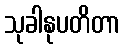
သုခါနုပတိတာ